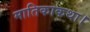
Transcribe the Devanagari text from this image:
मातिकाकथा।